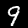
Digit: 9